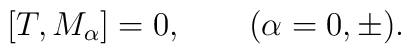
[T,M_\alpha]=0,\qquad(\alpha=0,\pm).